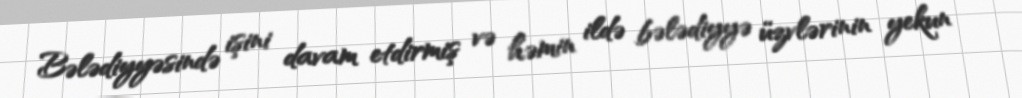
Bələdiyyəsində işini davam etdirmiş və həmin ildə bələdiyyə üzvlərinin yekun